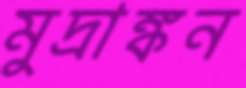
মুদ্রাঙ্কন